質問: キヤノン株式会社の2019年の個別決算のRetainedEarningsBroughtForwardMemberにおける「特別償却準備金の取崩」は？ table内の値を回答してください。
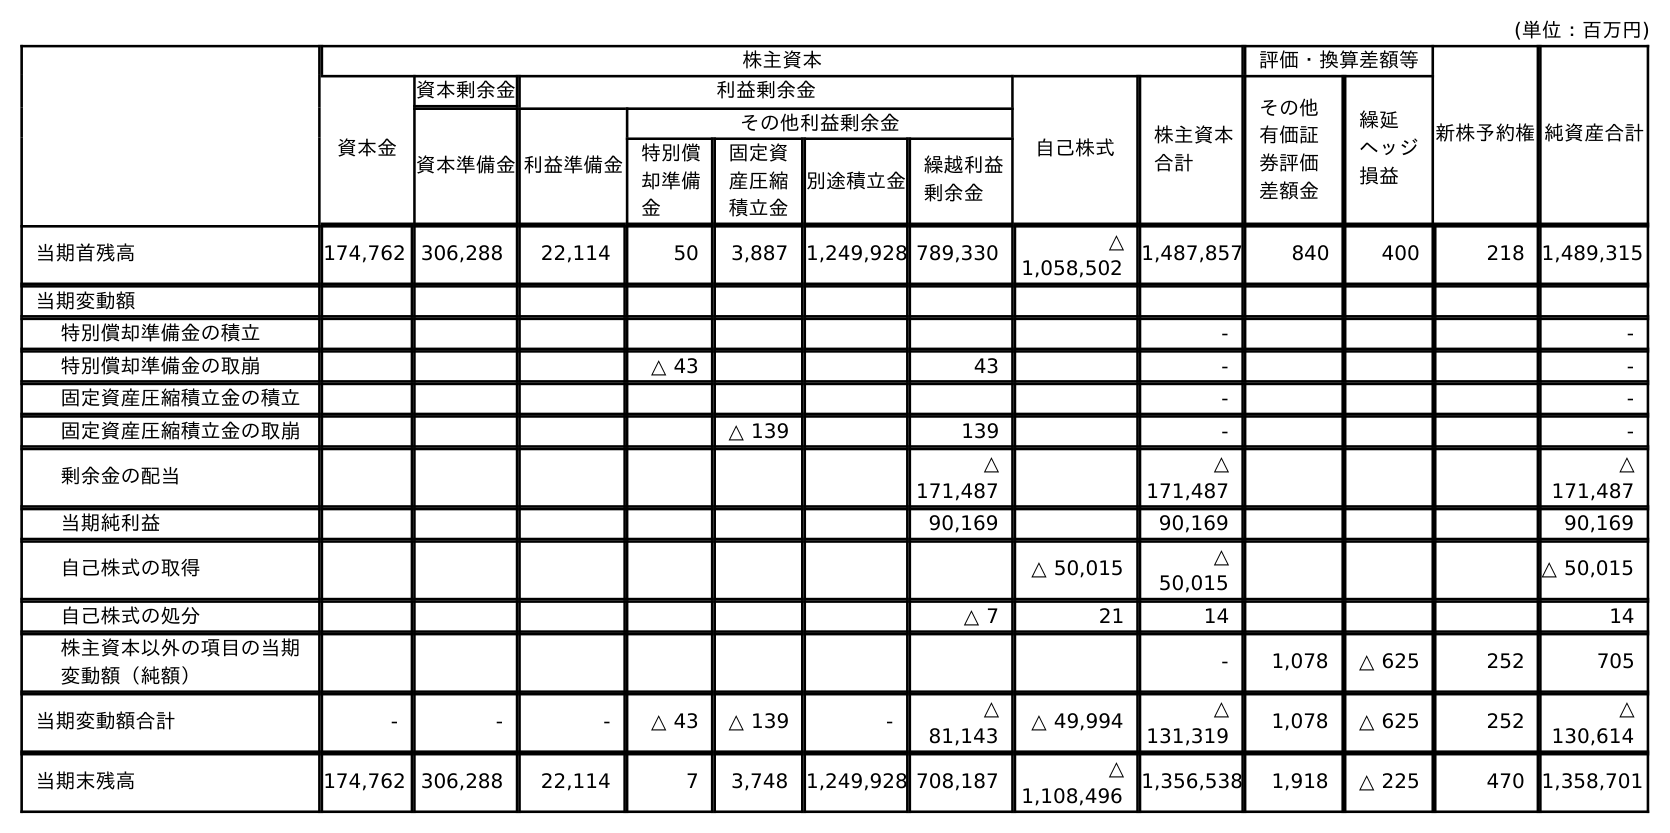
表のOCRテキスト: (単位：百万円) 株主資本 評価・換算差額等 新株予約権純資産合計 資本金 資本剰余金 利益剰余金 自己株式 株主資本 合計 その他 有価証 券評価 差額金 繰延 ヘッジ 損益 資本準備金利益準備金 その他利益剰余金 特別償 却準備 金 固定資 産圧縮 積立金 別途積立金 繰越利益 剰余金 当期首残高 174,762 306,288 22,114 50 3,887 1,249,928 789,330 △ 1,058,502 1,487,857 840 400 218 1,489,315 当期変動額 特別償却準備金の積立 - - 特別償却準備金の取崩 △ 43 43 - - 固定資産圧縮積立金の積立 - - 固定資産圧縮積立金の取崩 △ 139 139 - - 剰余金の配当 △ 171,487 △ 171,487 △ 171,487 当期純利益 90,169 90,169 90,169 自己株式の取得 △ 50,015 △ 50,015 △ 50,015 自己株式の処分 △ 7 21 14 14 株主資本以外の項目の当期 変動額（純額） - 1,078 △ 625 252 705 当期変動額合計 - - - △ 43 △ 139 - △ 81,143 △ 49,994 △ 131,319 1,078 △ 625 252 △ 130,614 当期末残高 174,762 306,288 22,114 7 3,748 1,249,928 708,187 △ 1,108,496 1,356,538 1,918 △ 225 470 1,358,701
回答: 43